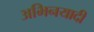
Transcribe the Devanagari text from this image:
अभिनयादी